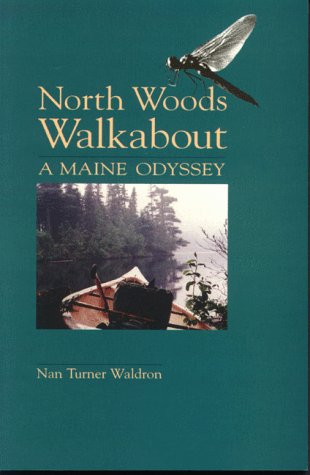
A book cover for North Woods Walkabout; Nan Turner Waldron; Travel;